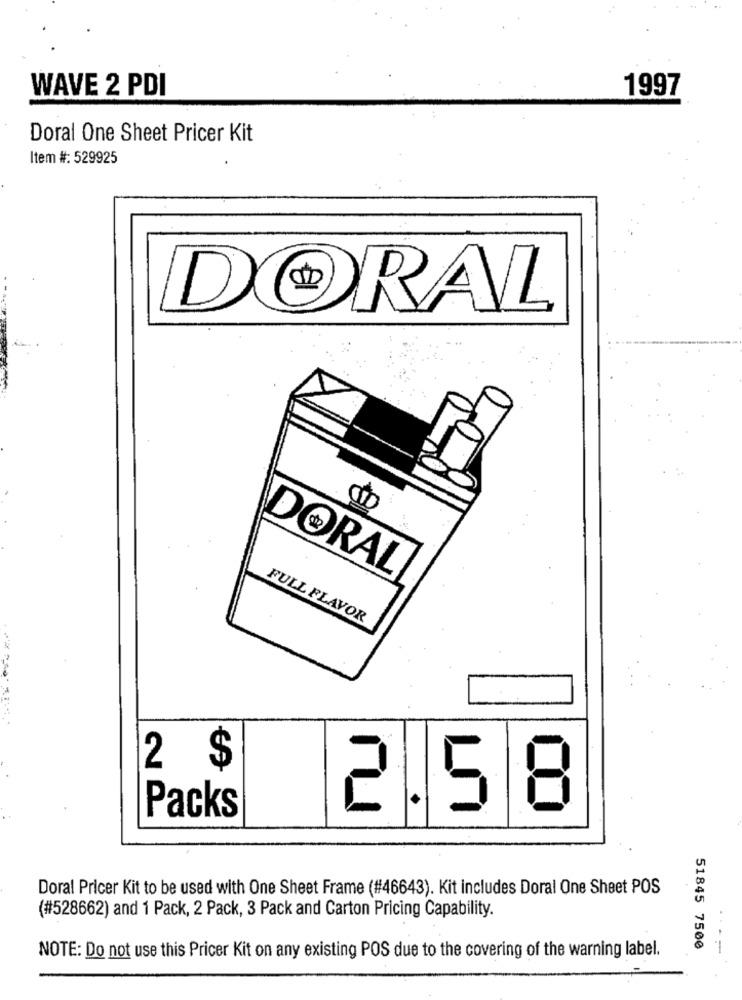
WAVE 2 PDI
1997
Doral One Sheet Pricer Kit
Item #: 529925
DORAL
DORAL
FULL FLAVOR
2 $
2.5
Packs
Doral Pricer Kit to be used with One Sheet Frame (#46643). Kit includes Doral One Sheet POS
(#528662) and 1 Pack, 2 Pack, 3 Pack and Carton Pricing Capability.
51845 7500
.---
NOTE: Do not use this Pricer Kit on any existing POS due to the covering of the warning label.